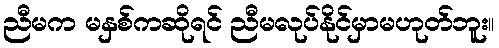
ညီမက မနှစ်ကဆိုရင် ညီမလုပ်နိုင်မှာမဟုတ်ဘူး။